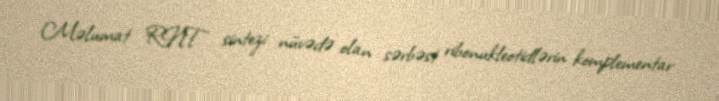
Məlumat RNT sintezi nüvədə olan sərbəst ribonukleotidlərin komplementar